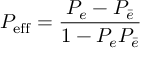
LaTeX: P _ { \mathrm { e f f } } = \frac { P _ { e } - P _ { \bar { e } } } { 1 - P _ { e } P _ { \bar { e } } }